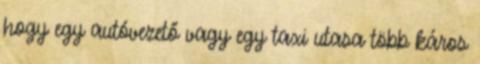
hogy egy autóvezető vagy egy taxi utasa több káros